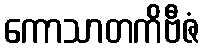
ကောသာတကိဗီဇံ